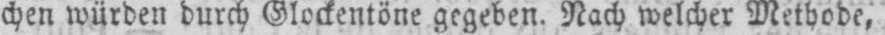
chen würden durch Glockentöne gegeben. Nach welcher Methode,